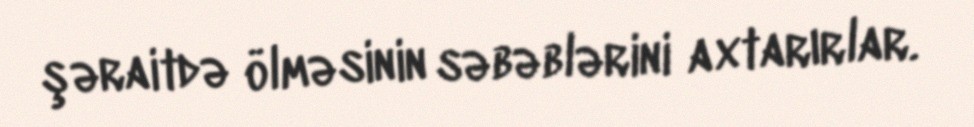
şəraitdə ölməsinin səbəblərini axtarırlar.